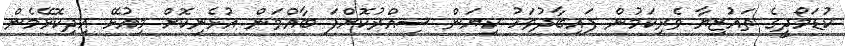
ކުޑަމޯދީގެ ތައުޒިޔާ ވެރިކަމުން ފައިބާދުވަހު ކިޔަން ސިއްރުކޮށްފަ ބާއްވަން އުޅެނިކޮށް މިއުޅޭ އިދިކޮޅޭމެން